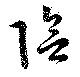
陰